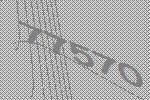
77570